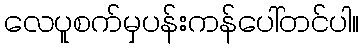
လေပူစက်မှပန်းကန်ပေါ်တင်ပါ။